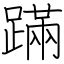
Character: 蹣